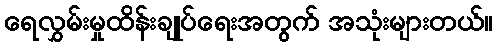
ရေလွှမ်းမှုထိန်းချုပ်ရေးအတွက် အသုံးများတယ်။